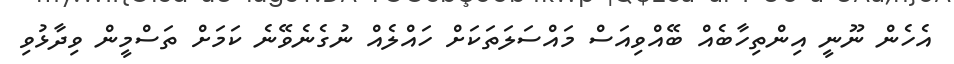
އެހެން ނޫނީ އިންތިހާބެއް ބޭއްވިއަސް މައްސަލަތަކަށް ހައްލެއް ނުގެނެވޭނެ ކަމަށް ތަސްމީން ވިދާޅުވި